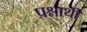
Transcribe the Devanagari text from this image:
प्रश्नार्थी